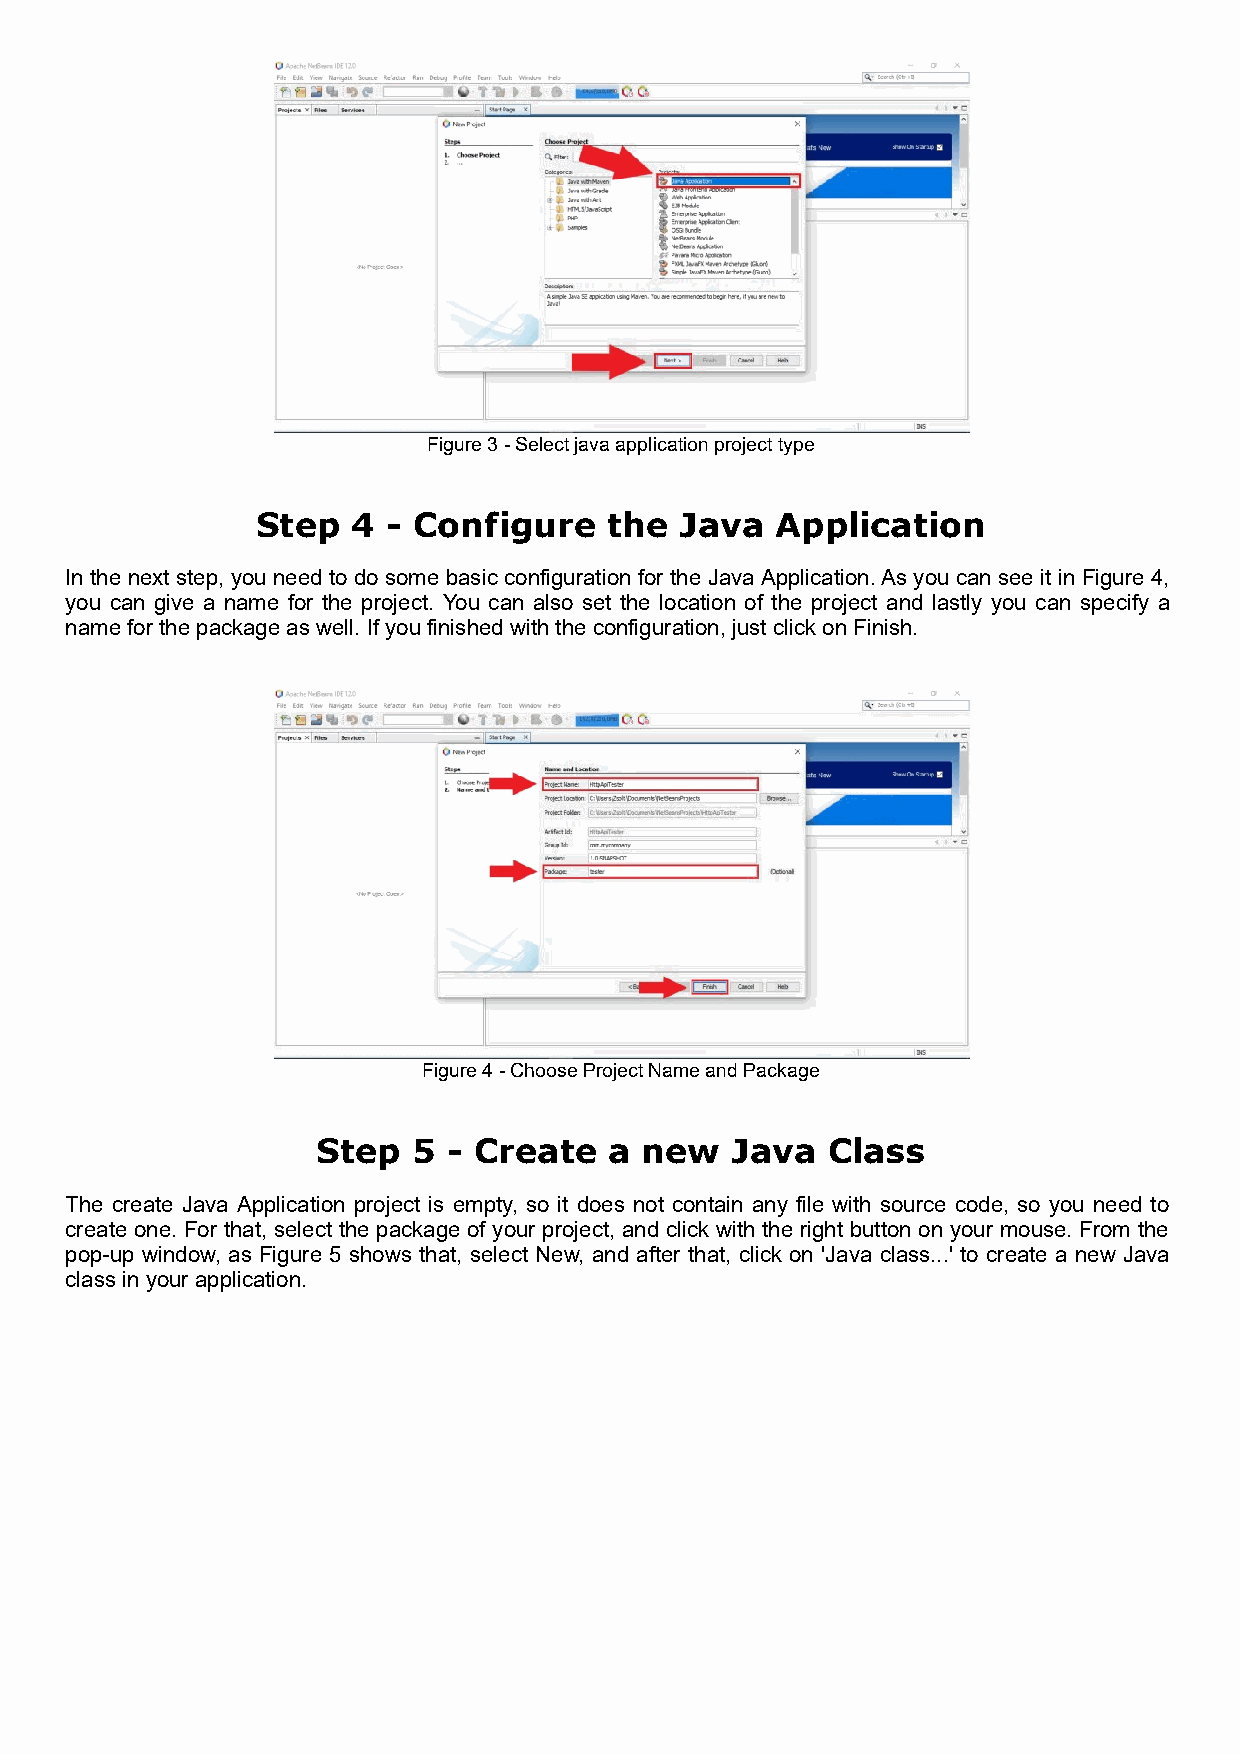
Figure 3 - Select java application project type
 Step  4  - Configure   the  Java  Application
 In the next step, you need to do some basic configuration for the Java Application. As you can see it in Figure 4,
 you can give a name for the project. You can also set the location of the project and lastly you can specify a
 name for the package as well. If you finished with the configuration, just click on Finish.
 Figure 4 - Choose Project Name and Package
 Step  5  - Create  a  new  Java   Class
 The create Java Application project is empty, so it does not contain any file with source code, so you need to
 create one. For that, select the package of your project, and click with the right button on your mouse. From the
 pop-up window, as Figure 5 shows that, select New, and after that, click on 'Java class...' to create a new Java
 class in your application.